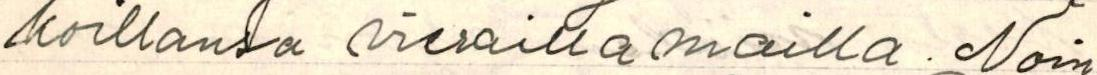
koillansa vierailla mailla. Noin